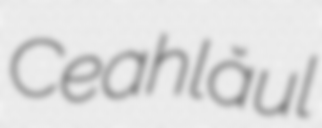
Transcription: Ceahlăul